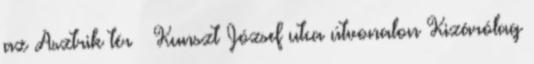
az Asztrik tér – Kunszt József utca útvonalon Kizárólag